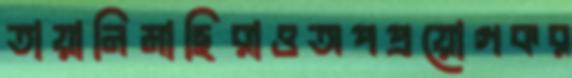
তায়ানিমাছিরাওঅপপ্রয়োগকর